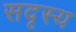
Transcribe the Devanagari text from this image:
सदृस्य